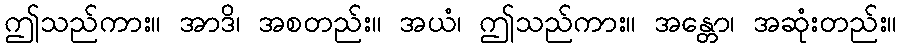
ဤသည်ကား။ အာဒိ၊ အစတည်း။ အယံ၊ ဤသည်ကား။ အန္တော၊ အဆုံးတည်း။